Leaving Certificate Examination (including Day School Certificate (Higher) General paper), 1938
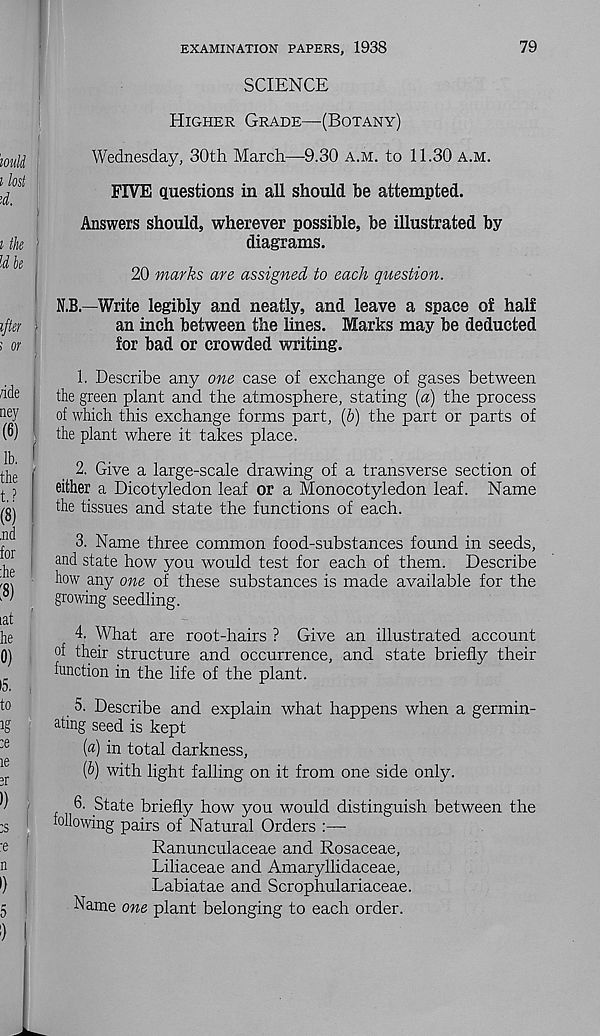
EXAMINATION PAPERS, 1938
79
SCIENCE
Higher Grade—(Botany)
(
Wednesday, 30th March—9.30 a.m. to 11.30 a.m.
FIVE questions in all should be attempted.
Answers should, wherever possible, be illustrated by
diagrams.
20 marks are assigned to each question.
N.B.—Write legibly and neatly, and leave a space of half
an inch between the lines. Marks may be deducted
for bad or crowded writing.
1. Describe any one case of exchange of gases between
the green plant and the atmosphere, stating [a) the process
of which this exchange forms part, (6) the part or parts of
;
the plant where it takes place.
;
2. Give a large-scale drawing of a transverse section of
either a Dicotyledon leaf or a Monocotyledon leaf. Name
the tissues and state the functions of each.
3. Name three common food-substances found in seeds,
and state how you would test for each of them. Describe
how any one of these substances is made available for the
growing seedling.
4. What are root-hairs ? Give an illustrated account
of their structure and occurrence, and state briefly their
function in the life of the plant.
5. Describe and explain what happens when a germin-
ating seed is kept
[a] in total darkness,
(b) with light falling on it from one side only.
6. State briefly how you would distinguish between the
following pairs of Natural Orders
Ranunculaceae and Rosaceae,
Liliaceae and Amaryllidaceae,
Labiatae and Scrophulariaceae.
Name one plant belonging to each order.